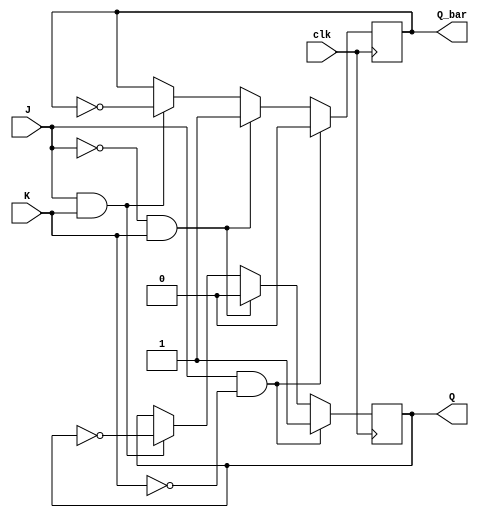
module JKFlipFlop (
    input J, // set input
    input K, // reset input
    input clk, // clock input
    
    output reg Q, // Q output
    output reg Q_bar // Q_bar output
    );
    
    always @(posedge clk) begin
        if (J & ~K) begin // set condition
            Q <= 1;
            Q_bar <= 0;
        end else if (~J & K) begin // reset condition
            Q <= 0;
            Q_bar <= 1;
        end else if (J & K) begin // toggle condition
            Q <= ~Q;
            Q_bar <= ~Q_bar;
        end
    end
endmodule